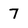
Character: 7